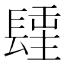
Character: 𨲢